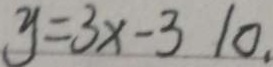
y = 3 x - 3 1 0 ,